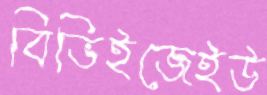
বিভিইজেইউ